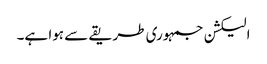
الیکشن جمہوری طریقے سے ہوا ہے۔